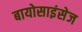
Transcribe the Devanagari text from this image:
बायोसाइंसेज